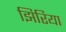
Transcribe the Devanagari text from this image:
झिरिया